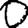
Digit: 0